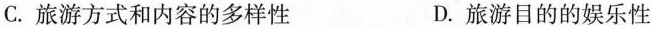
C.旅游方式和内容的多样性 D.旅游目的的娱乐性